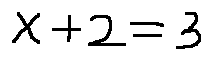
x + 2 = 3